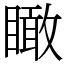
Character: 瞰